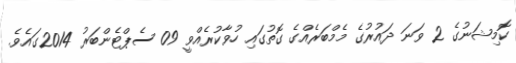
ކޮމިޝަނުގެ 2 ވަނަ ދައުރުގެ މެމްބަރެއްގެ ގޮތުގައި ހުވާކުރެއްވީ 09 ސެޕްޓެންބަރު 2014ގައެވެ.